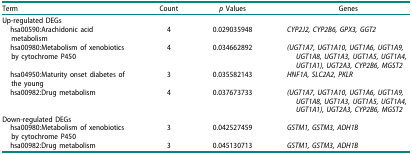
| Term | Count | p Values | Genes |
 | --- | --- | --- | --- |
 | <COLSPAN=4> Up-regulated DEGs |
 | hsa00590:Arachidonic acid metabolism | 4 | 0.029035948 | CYP2J2, CYP2B6, GPX3, GGT2 |
 | hsa00980:Metabolism of xenobiotics by cytochrome P450 | 4 | 0.034662892 | (UGT1A7, UGT1A10, UGT1A6, UGT1A9, UGT1A8, UGT1A3, UGT1A5, UGT1A4, UGT1A1), UGT2A3, CYP2B6, MGST2 |
 | hsa04950:Maturity onset diabetes of the young | 3 | 0.035582143 | HNF1A, SLC2A2, PKLR |
 | hsa00982:Drug metabolism | 4 | 0.037673733 | (UGT1A7, UGT1A10, UGT1A6, UGT1A9, UGT1A8, UGT1A3, UGT1A5, UGT1A4, UGT1A1), UGT2A3, CYP2B6, MGST2 |
 | <COLSPAN=4> Down-regulated DEGs |
 | hsa00980:Metabolism of xenobiotics by cytochrome P450 | 3 | 0.042527459 | GSTM1, GSTM3, ADH1B |
 | hsa00982:Drug metabolism | 3 | 0.045130713 | GSTM1, GSTM3, ADH1B |